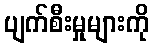
ပျက်စီးမှုများကို